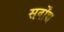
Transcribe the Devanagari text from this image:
सर्वोंच्च